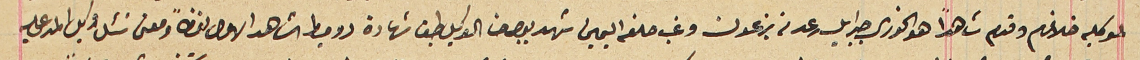
لموكليه خلافهم وقدم شاهدًا هو الخورى جبرايل رعد من بزعون وغب حلفه اليمين شهد بوجه حنا الوكيل طبق شهادة دوميط الشاهد الاول لفظاً ومعنى سَئل وكيل المدعى عليه